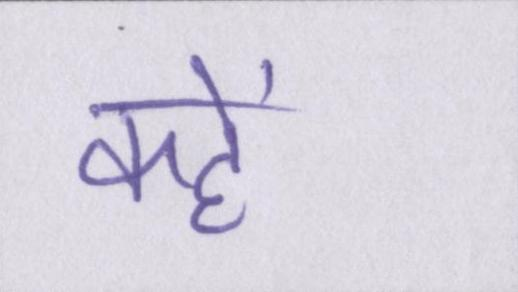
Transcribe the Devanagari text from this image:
कहें